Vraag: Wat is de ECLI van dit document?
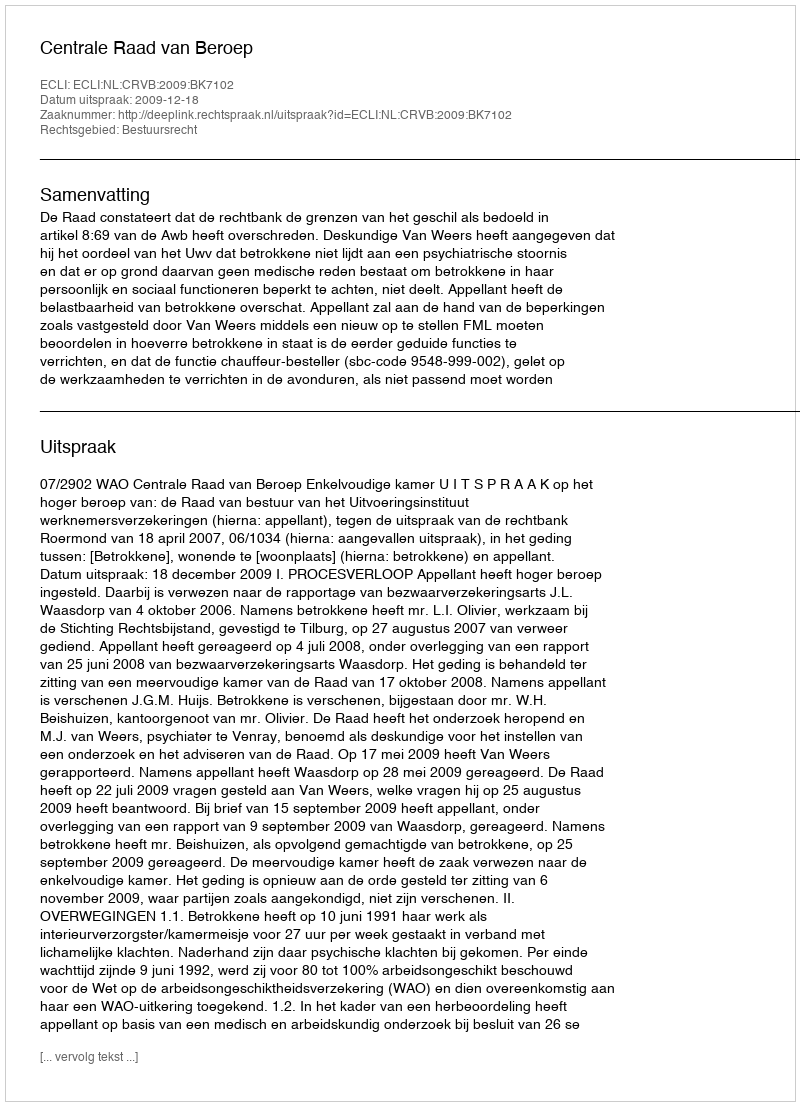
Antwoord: ECLI:NL:CRVB:2009:BK7102